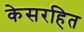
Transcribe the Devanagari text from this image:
केसरहित